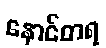
နောင်တရ